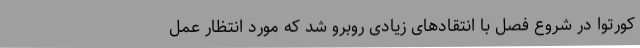
کورتوا در شروع فصل با انتقادهای زیادی روبرو شد که مورد انتظار عمل